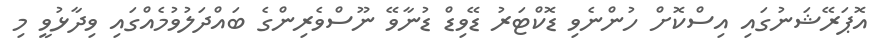
އޮޕަރޭޝަނުގައި އިސްކޮށް ހުންނެވި ޑޮކްޓަރު ޑޭވިޑް ޑުނާވޭ ނޫސްވެރިންގެ ބައްދަލުވުމެއްގައި ވިދާޅުވީ މި